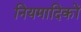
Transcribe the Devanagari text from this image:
नियमादिकों